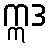
ဣဒ